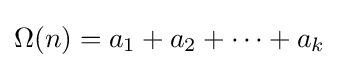
\Omega (n)=a_{1}+a_{2}+\cdots +a_{k}